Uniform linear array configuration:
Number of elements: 4
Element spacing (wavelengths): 0.25
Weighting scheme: cosine
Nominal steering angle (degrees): -45
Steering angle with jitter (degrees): -43.024
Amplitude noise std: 0.05
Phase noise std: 0.05

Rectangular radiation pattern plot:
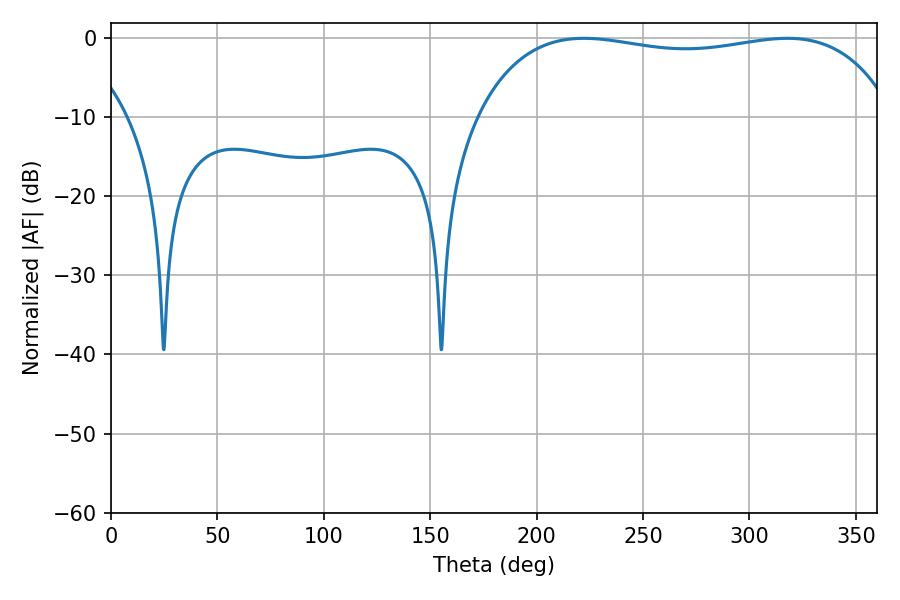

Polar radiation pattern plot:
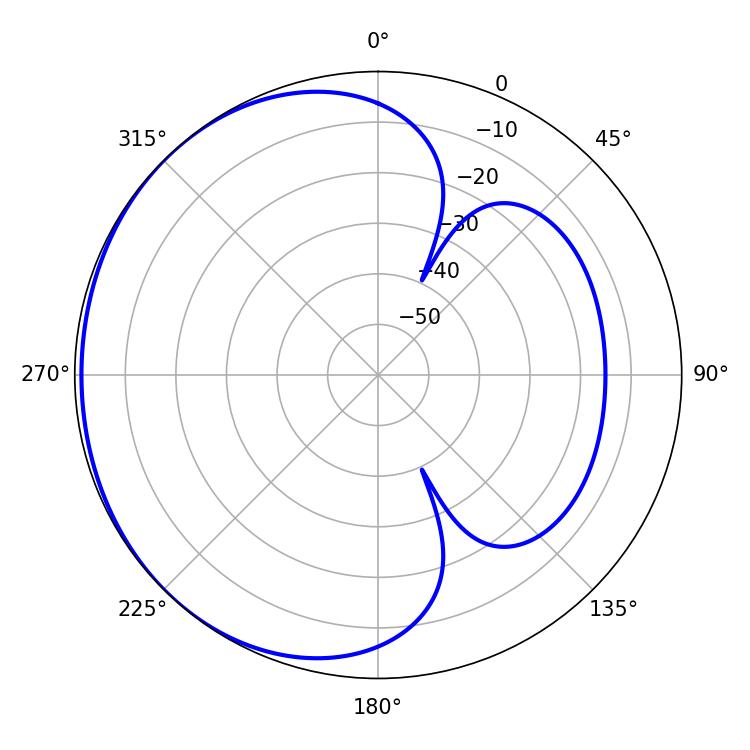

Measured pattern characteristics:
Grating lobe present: FALSE
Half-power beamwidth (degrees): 158.04
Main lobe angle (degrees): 222.12